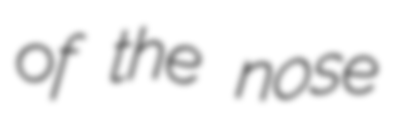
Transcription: of the nose